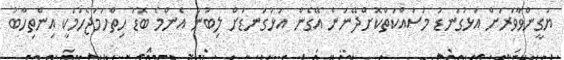
ޔަގީންވާވަރަށް އަޅުގަނޑު މަސައްކަތްކޮށްދޭނަން އޭގެން އަޅުގަނޑަށް ލިބުނު އެންމެ ބޮޑު ހިތްހަމަޖެހުމަކީ އިންތިހާބު